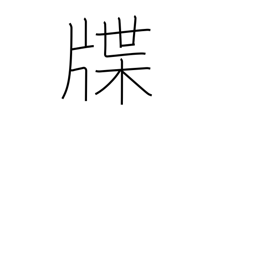
Meaning: genealogy